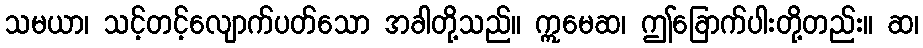
သမယာ၊ သင့်တင့်လျောက်ပတ်သော အခါတို့သည်။ ဣမေဆ၊ ဤခြောက်ပါးတို့တည်း။ ဆ၊